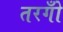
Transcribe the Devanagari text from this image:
तरगोँ